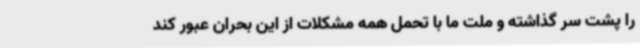
را پشت سر گذاشته و ملت ما با تحمل همه مشکلات از این بحران عبور کند